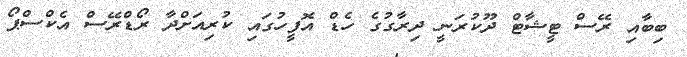
ބިބާއި ރޭސް ޓީޝާޓް ދޫކުރަނީ ދިރާގުގެ ހެޑް އޮފީހުގައި ކުރިއަށްދާ ރޯޑްރޭސް އެކްސްޕޯ